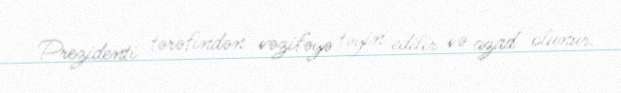
Prezidenti tərəfindən vəzifəyə təyin edilir və azad olunur.